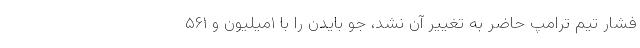
فشار تیم ترامپ حاضر به تغییر آن نشد، جو بایدن را با ۱میلیون و ۵۶۱